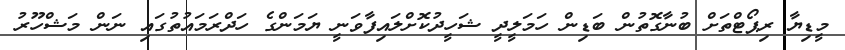
މީޑިޔާ ރިޕޯޓްތަށް ބުނާގޮތުން ބަޑިން ހަމަލީދީ ޝަހީދުކޮށްލައިފާވަނީ ޔަމަންގެ ހަދްރަމައުތުގައި ނަން މަޝްހޫރު